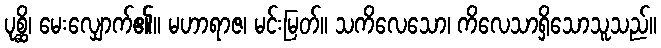
ပုစ္ဆိ၊ မေးလျှောက်၏။ မဟာရာဇ၊ မင်းမြတ်။ သကိလေသော၊ ကိလေသာရှိသောသူသည်။